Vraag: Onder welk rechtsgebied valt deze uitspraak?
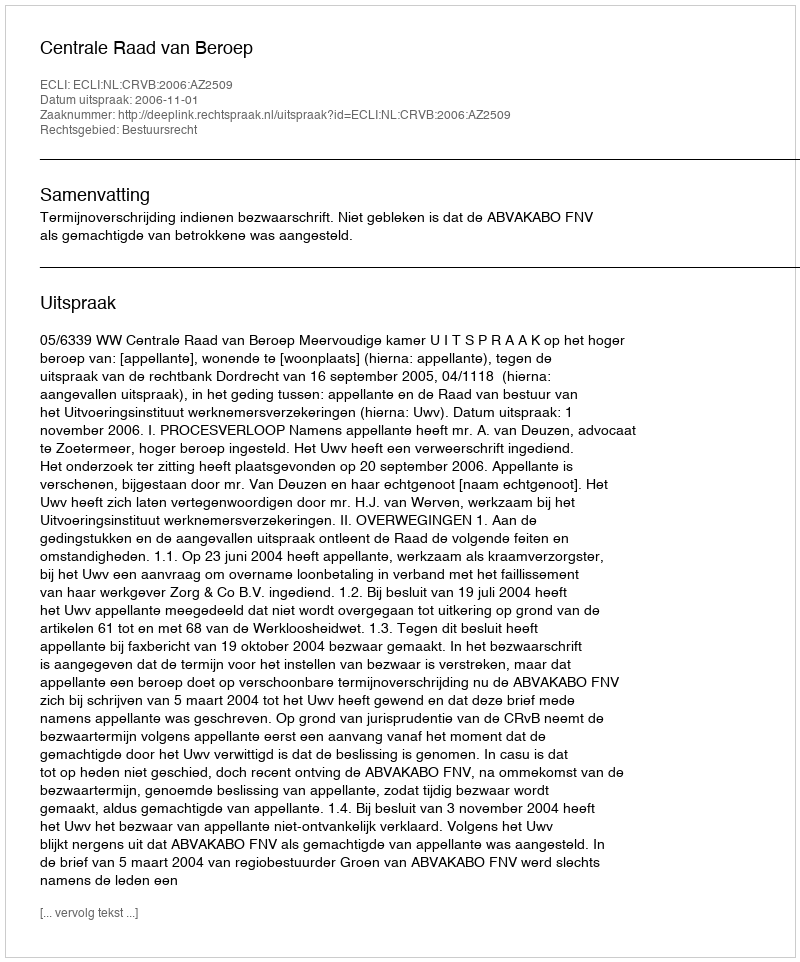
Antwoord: Bestuursrecht